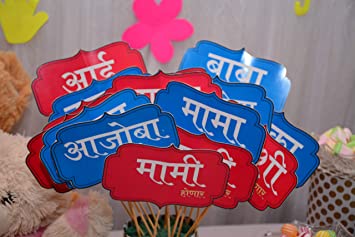
Language: marathi
Transcription: मामी मामा आजोबा